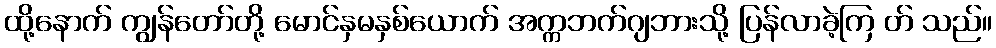
ထို့နောက် ကျွန်တော်တို့ မောင်နှမနှစ်ယောက် အက္ကဘက်ဂျဘားသို့ ပြန်လာခဲ့ကြ တ် သည်။